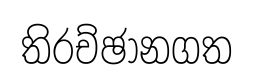
තිරච්ඡානගත